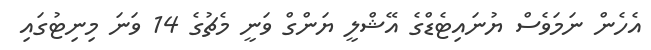
އެހެން ނަމަވެސް ޔުނައިޓެޑްގެ އޭޝްލީ ޔަންގް ވަނީ މެޗުގެ 14 ވަނަ މިނިޓުގައި